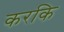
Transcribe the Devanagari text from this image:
करकि